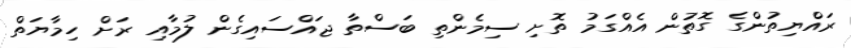
ރައްޔިތުންގެ ގޮތުން އެއްގަމު ތޮށި ސިމެންތި ބަސްތާ ޖައްސައިގެން ލުމާއި ރަށް ހިމާޔަތް